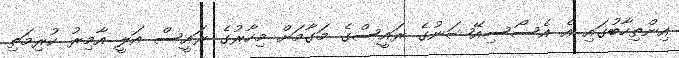
އިންތިހާބުގައި އެ އެސޯސިއޭޝަނުގެ ރައީސްގެ މަގާމަށް މިހާރުގެ ރައީސް އަލީ އާމިރު ކުރިމަތި